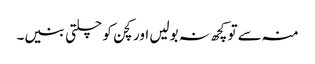
منہ سے تو کچھ نہ بولیں اور کچن کو چلتی بنیں۔